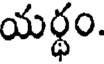
యర్థం.